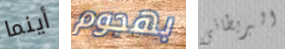
أينما بهجوم البريطانى